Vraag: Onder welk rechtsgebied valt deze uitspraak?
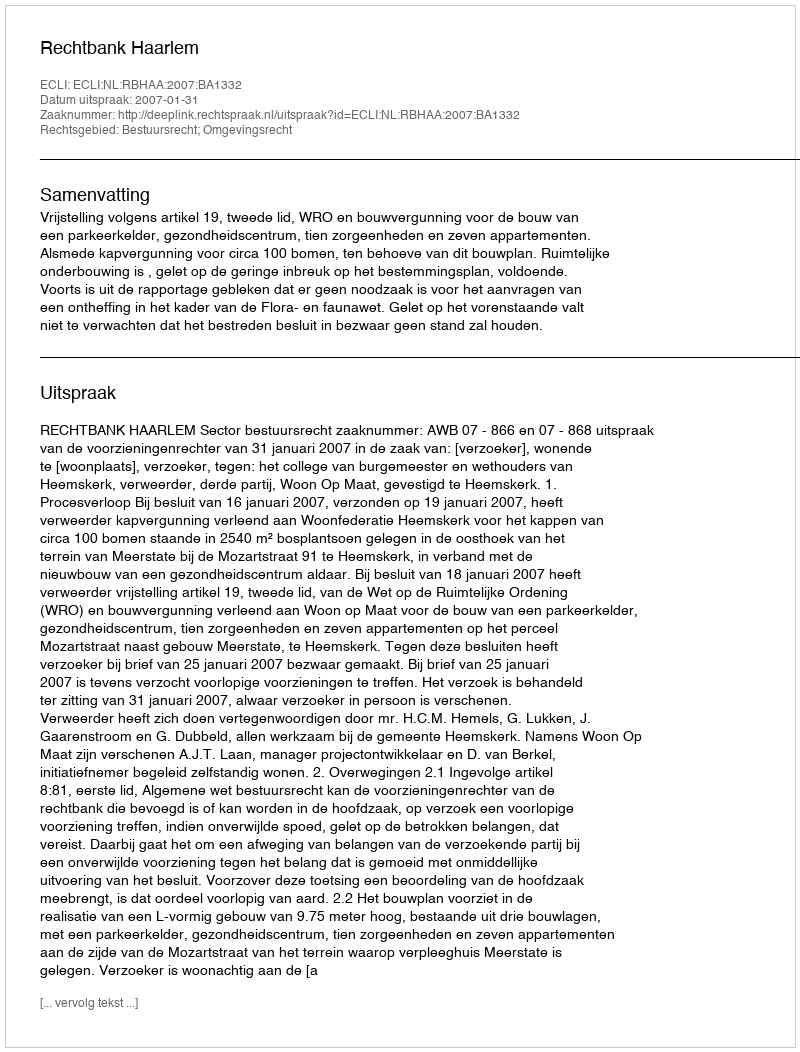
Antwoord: Bestuursrecht; Omgevingsrecht